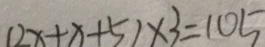
( 2 x + x + 5 ) \times 3 = 1 0 5